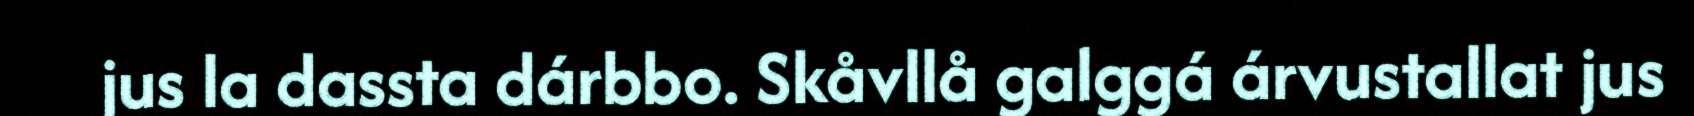
jus la dassta dárbbo. Skåvllå galggá árvustallat jus